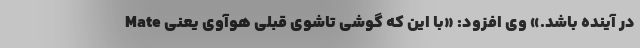
در آینده باشد.» وی افزود: «با این که گوشی تاشوی قبلی هوآوی یعنی Mate